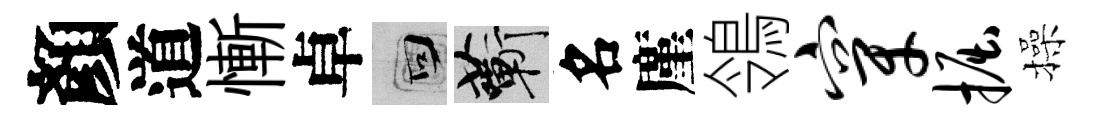
顏道慚卓回蔪名廑鴒穿掘操